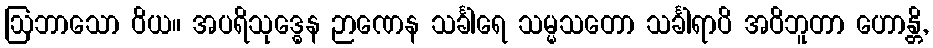
ဩဘာသော ဝိယ။ အပရိသုဒ္ဓေန ဉာဏေန သင်္ခါရေ သမ္မသတော သင်္ခါရာပိ အဝိဘူတာ ဟောန္တိ,